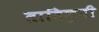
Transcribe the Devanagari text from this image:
तातिकूची